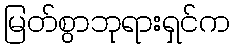
မြတ်စွာဘုရားရှင်က